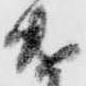
遣